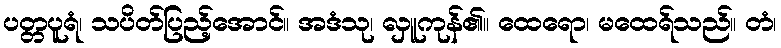
ပတ္တပူရံ၊ သပိတ်ပြည့်အောင်။ အဒံသု၊ လှူကုန်၏။ ထေရော၊ မထေရ်သည်။ တံ၊